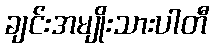
ချင်းအမျိုးသားပါတီ